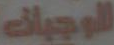
للوجبات